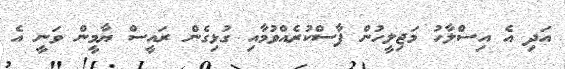
އަދި އެ އިސްލާހު މަޖިލީހުން ފާސްކުރެއްވުމާއި ގުޅިގެން ރައީސް ޔާމީން ވަނީ އެ